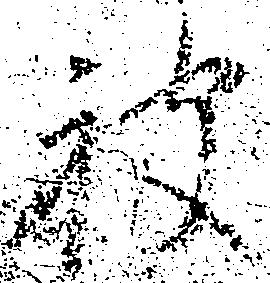
被